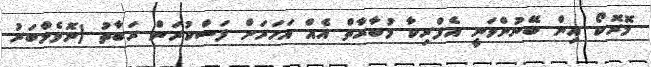
މޮރޮކޯ އިން ބޭނުންވަނީ އެފްރިކާ މުބާރާތް އެއް އަހަރަށް ފަސްކުރަން ރަބާތު (ނޮވެމްބަރު